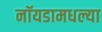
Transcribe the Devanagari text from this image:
नॉयडामधल्या